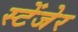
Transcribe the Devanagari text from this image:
स्टेंजेर